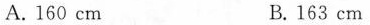
A. 160cm B. 163cm